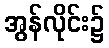
အွန်လိုင်း၌